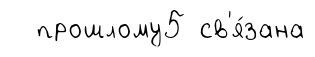
прошлому5 св'я́зана